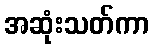
အဆုံးသတ်ကာ